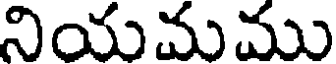
నియమము